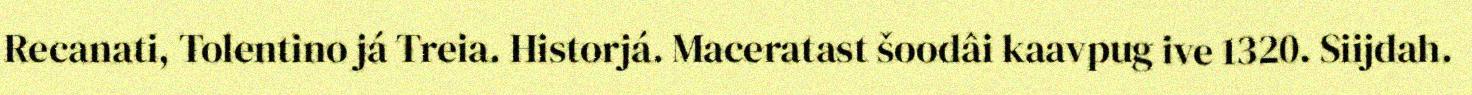
Recanati, Tolentino já Treia. Historjá. Maceratast šoodâi kaavpug ive 1320. Siijdah.